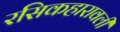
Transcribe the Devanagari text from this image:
रसिकहारावली